65_HS1-834228961_62-HQ-83894_Section_8
Agency: FBI
Page 133
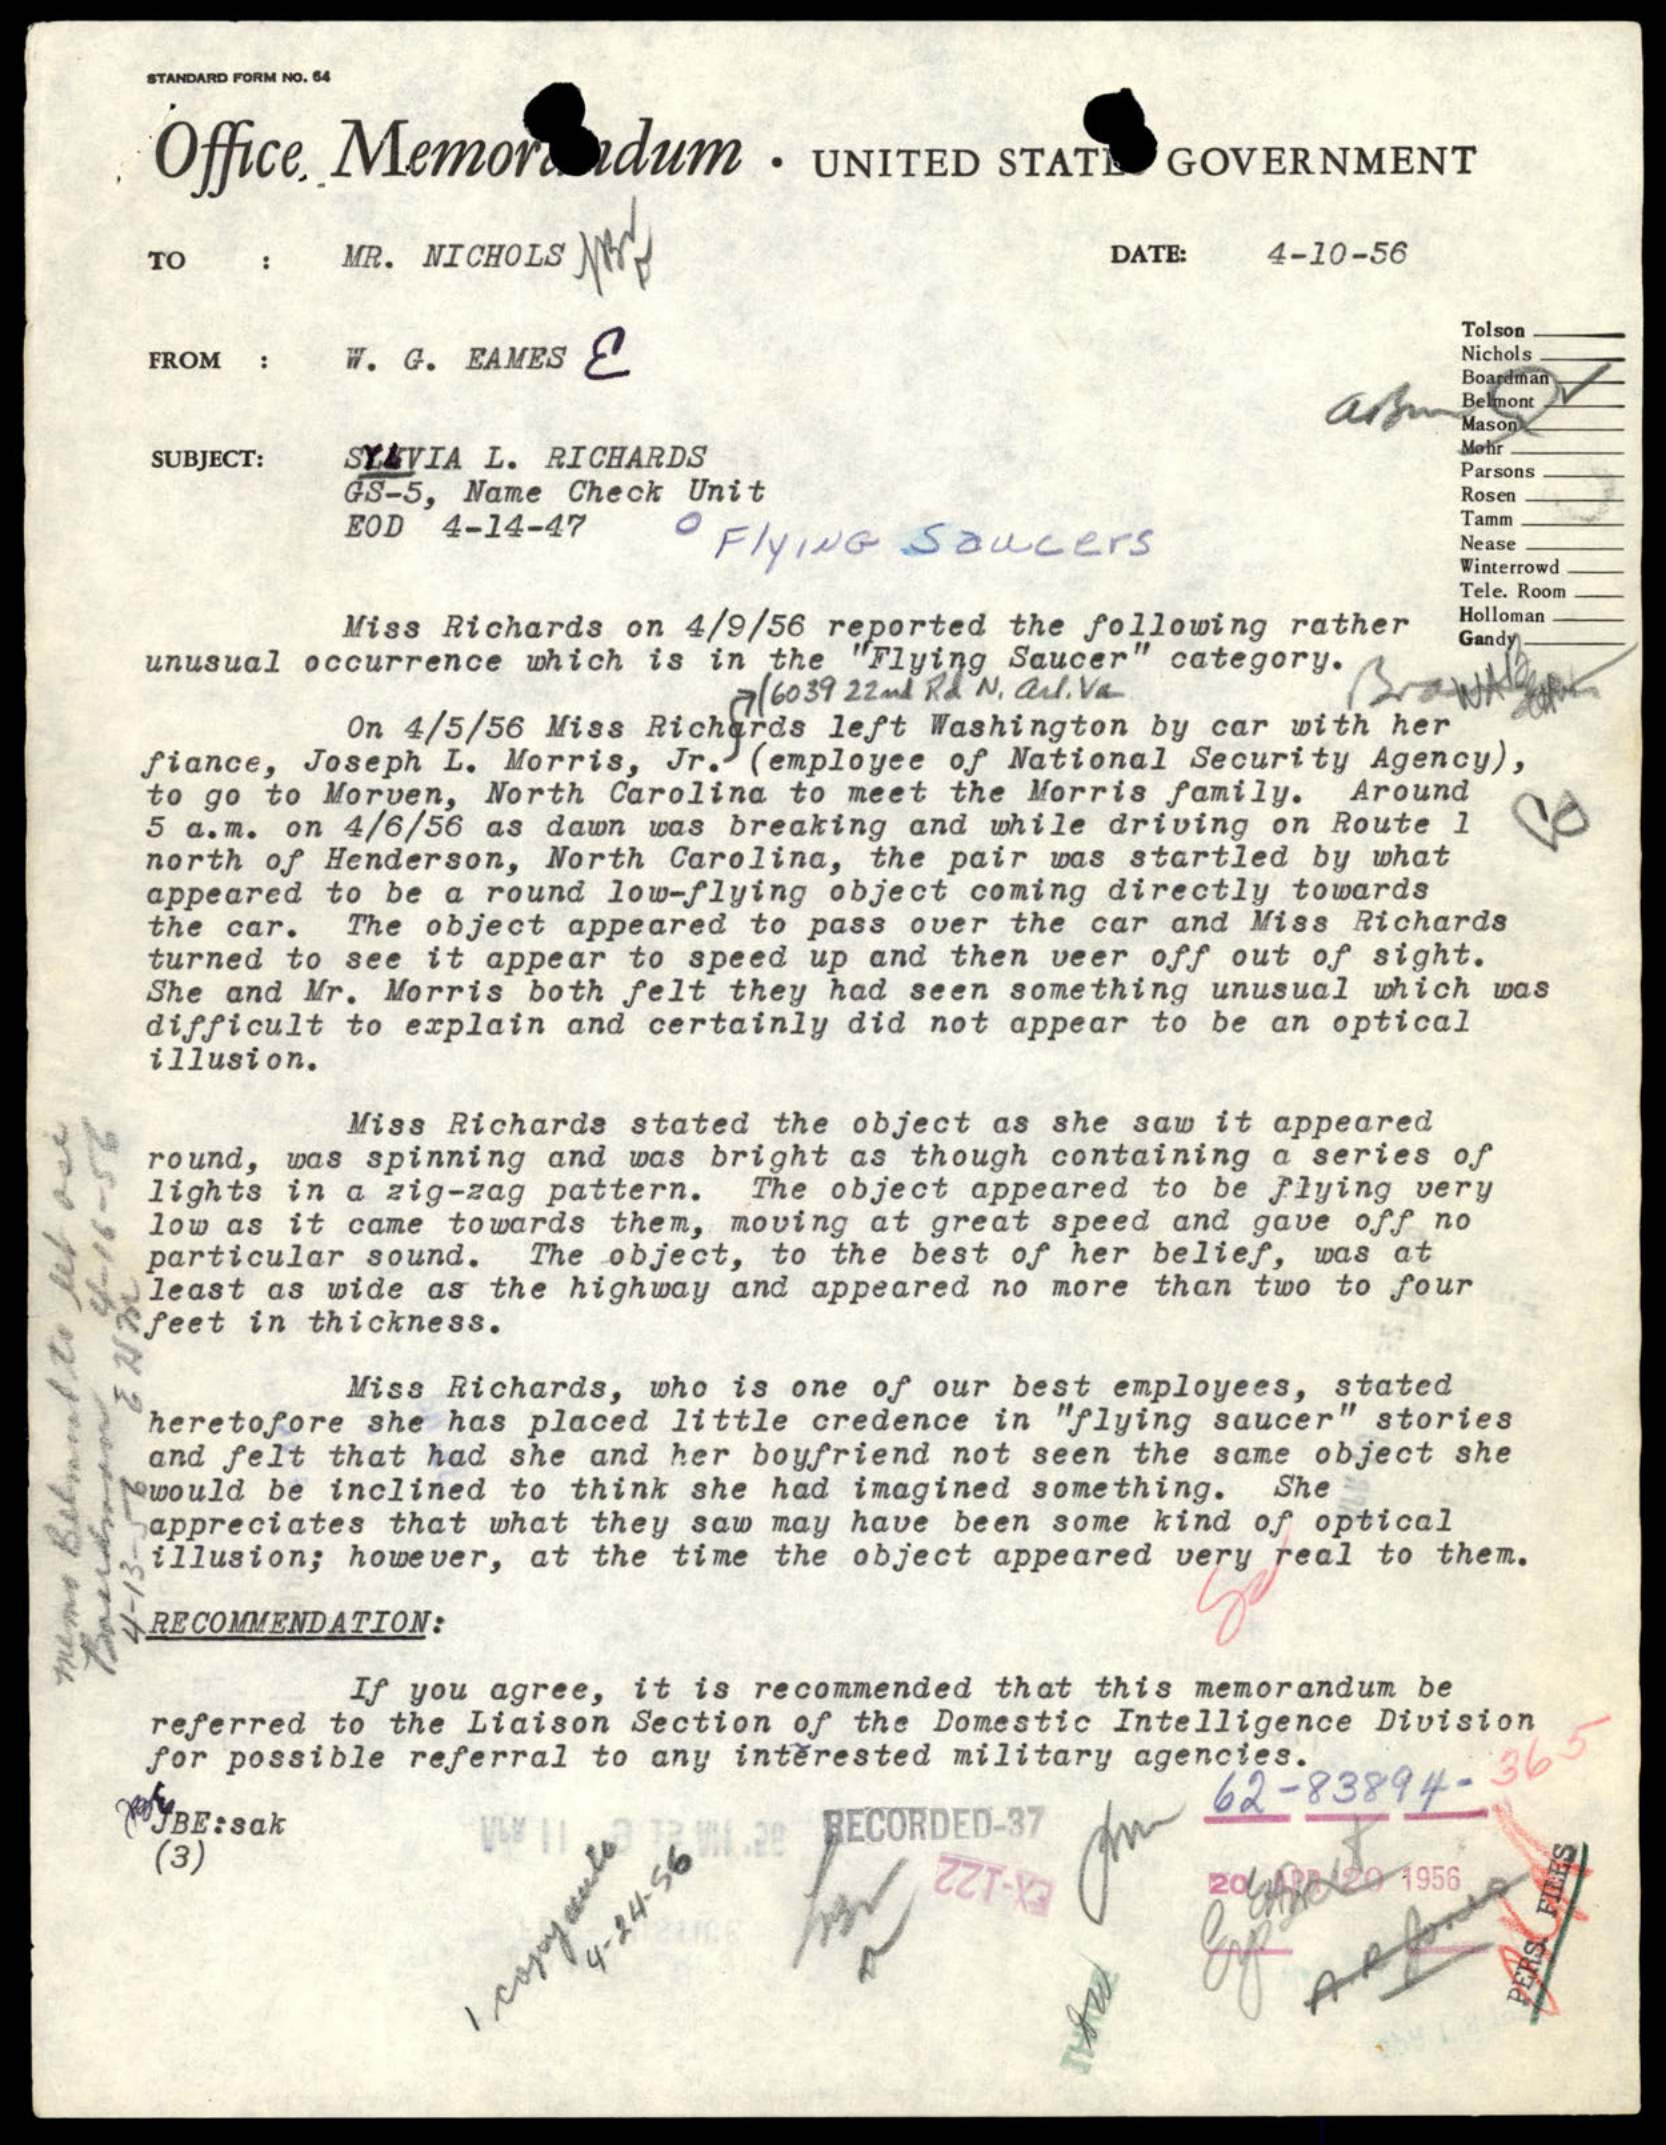